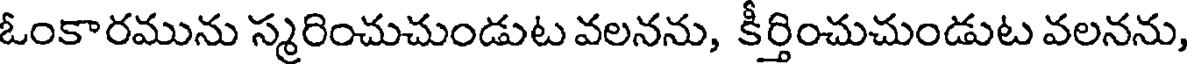
ఓంకారమును స్మరించుచుండుట వలనను, కీర్తించుచుండుట వలనను,